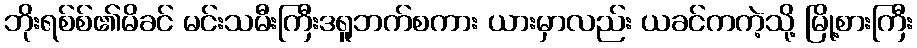
ဘိုးရစ်စ်၏မိခင် မင်းသမီးကြီးဒရူဘက်စကား ယားမှာလည်း ယခင်ကကဲ့သို့ မြို့စားကြီး